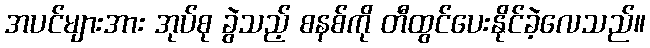
အပင်များအား အုပ်စု ခွဲသည့် စနစ်ကို တီထွင်ပေးနိုင်ခဲ့လေသည်။